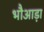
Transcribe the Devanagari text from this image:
भौआड़ा